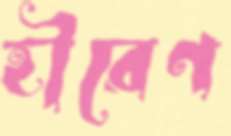
হীরেণ